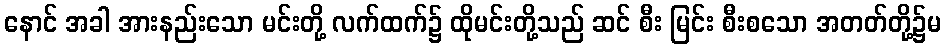
နောင် အခါ အားနည်းသော မင်းတို့ လက်ထက်၌ ထိုမင်းတို့သည် ဆင် စီး မြင်း စီးစသော အတတ်တို့၌မ